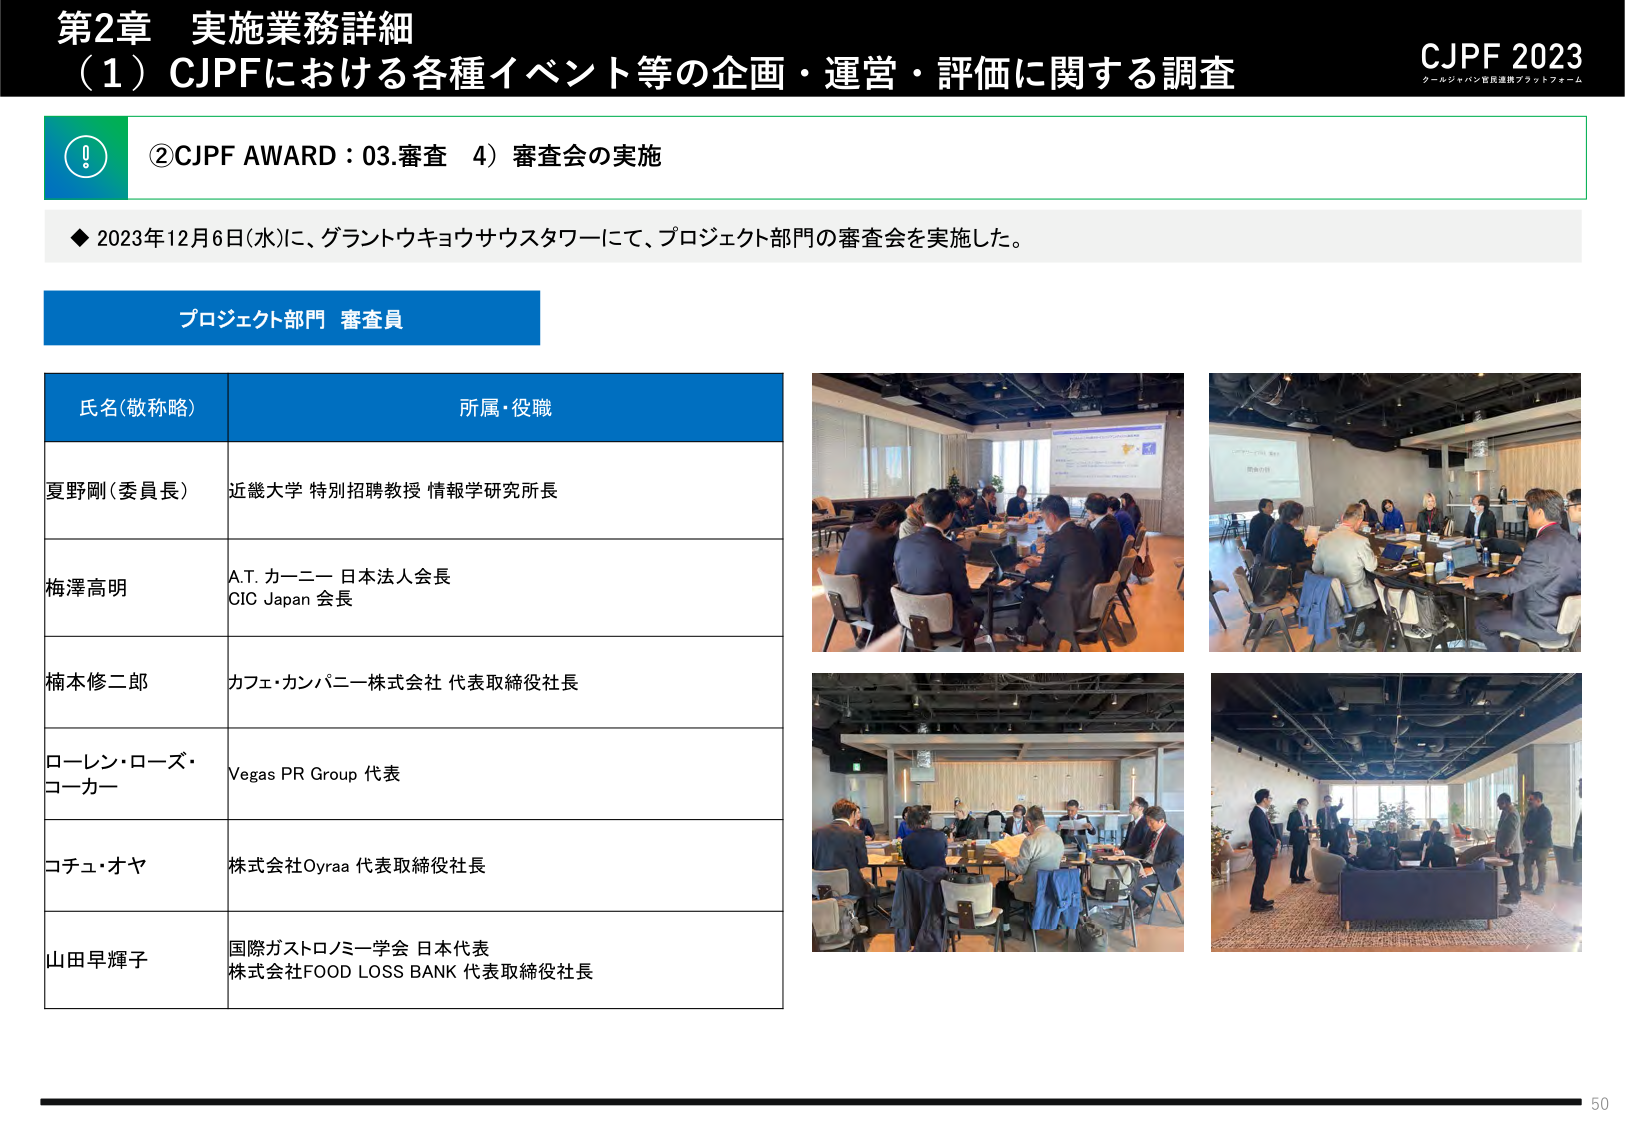
第2章 実施業務詳細
（1）CJPFにおける各種イベント等の企画・運営・評価に関する調査

CJPF 2023
クールジャパン官民連携プラットフォーム

②CJPF AWARD：03.審査 4）審査会の実施

◆ 2023年12月6日(水)に、グラントウキョウサウスタワーにて、プロジェクト部門の審査会を実施した。

プロジェクト部門 審査員

氏名(敬称略)　　　　　　　　　　　　　　　所属・役職
夏野剛（委員長）　　　　　　　　　　　近畿大学 特別招聘教授 情報学研究所長
梅澤高明　　　　　　　　　　　　　　A.T. カーニー 日本法人会長
　　　　　　　　　　　　　　　　　　CIC Japan 会長
楠本修二郎　　　　　　　　　　　　　カフェ・カンパニー株式会社 代表取締役社長
ローレン・ローズ・コーカー　　　　　Vegas PR Group 代表
コチュ・オヤ　　　　　　　　　　　　株式会社Oyraa 代表取締役社長
山田早輝子　　　　　　　　　　　　　国際ガストロノミー学会 日本代表
　　　　　　　　　　　　　　　　　　株式会社FOOD LOSS BANK 代表取締役社長

50